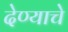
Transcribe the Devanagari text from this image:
देण्‍याचे